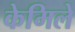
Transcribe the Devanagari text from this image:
केमिले